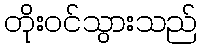
တိုးဝင်သွားသည်